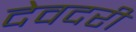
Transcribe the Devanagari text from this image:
देवदरी